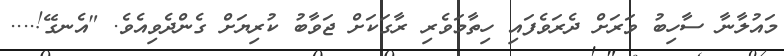
މައުލާނާ ސާހިބު ވަރަށް ދެރަވެފައި ހިތާމަވެރި ރާގަކަށް ޖަވާބު ކުރިޔަށް ގެންދެވިއެވެ. "އެނގޭ!....